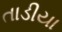
તાડીયા